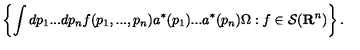
\left\{ \int d p _ { 1 } . . . d p _ { n } f ( p _ { 1 } , . . . , p _ { n } ) a ^ { * } ( p _ { 1 } ) . . . a ^ { * } ( p _ { n } ) \Omega : f \in { \cal S } ( { \bf R } ^ { n } ) \right\} .